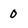
Character: 0